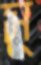
স্